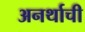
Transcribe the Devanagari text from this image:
अनर्थाची